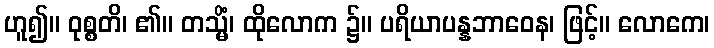
ဟူ၍။ ဝုစ္စတိ၊ ၏။ တသ္မိံ၊ ထိုလောက ၌။ ပရိယာပန္နဘာဝေန၊ ဖြင့်။ လောကေ၊